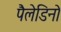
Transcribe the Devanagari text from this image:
पैलेडिनो